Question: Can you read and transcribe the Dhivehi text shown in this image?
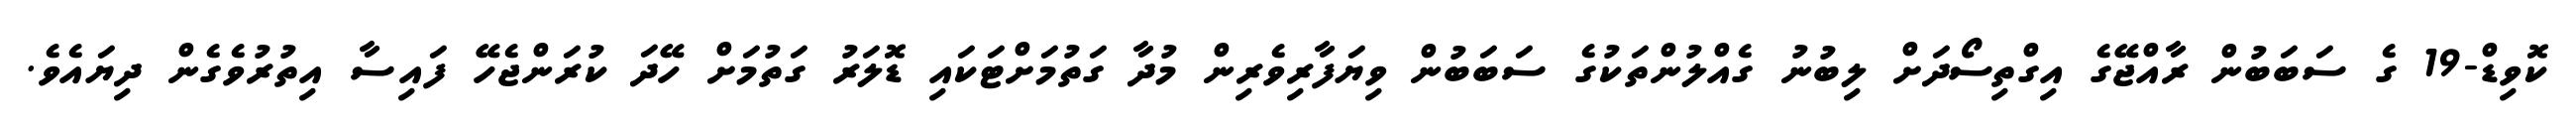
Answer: ކޮވިޑް-19 ގެ ސަބަބުން ރާއްޖޭގެ އިގްތިސޯދަށް ލިބުނު ގެއްލުންތަކުގެ ސަބަބުން ވިޔަފާރިވެރިން މުދާ ގަތުމަށްޓަކައި ޑޮލަރު ގަތުމަށް ހޭދަ ކުރަންޖެހޭ ފައިސާ އިތުރުވެގެން ދިޔައެވެ.